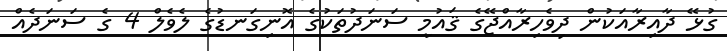
ގުޅޭ ދާއިރާއަކުން ދިވެހިރާއްޖޭގެ ޤައުމީ ސަނަދުތަކުގެ އޮނިގަނޑުގެ ލެވެލް 4 ގެ ސަނަދެއް